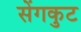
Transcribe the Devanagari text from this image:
सेंगकुट